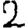
Digit: 2